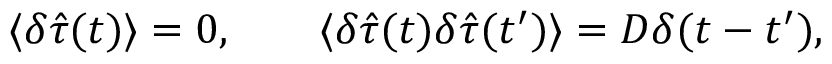
\langle \delta \hat { \tau } ( t ) \rangle = 0 , \; \; \; \; \; \; \; \langle \delta \hat { \tau } ( t ) \delta \hat { \tau } ( t ^ { \prime } ) \rangle = D \delta ( t - t ^ { \prime } ) ,